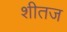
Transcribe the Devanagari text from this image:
शीतज